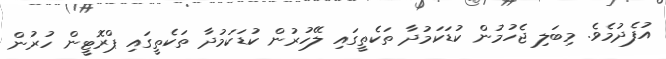
އުފެދުމެވެ. މިބަލި ޖެހުމުން ކުޑަކަމުދާ ތަކެތީގައި ލޭހުރުން ކުޑަކަމުދާ ތަކެތީގައި ޕްރޮޓީން ހުރުން